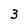
Character: 3